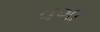
વગા